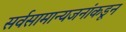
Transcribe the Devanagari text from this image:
सर्वसामान्यजनांकडून